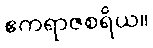
ဧကရာဇစရိယ။